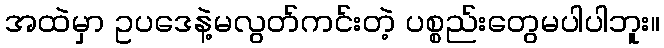
အထဲမှာ ဥပဒေနဲ့မလွတ်ကင်းတဲ့ ပစ္စည်းတွေမပါပါဘူး။